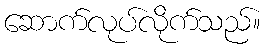
ဆောက်လုပ်လိုက်သည်။